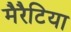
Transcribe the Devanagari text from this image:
मैरैटिया